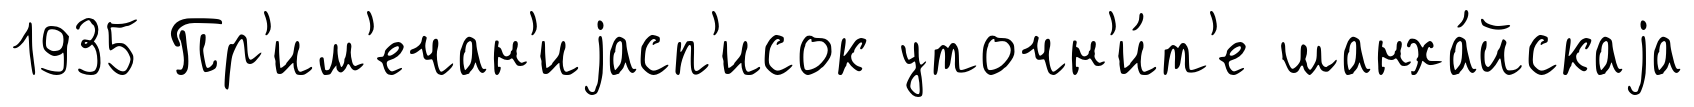
1935 Пр'им'ечан'иjасп'исок уточн'и́т'е шанха́йскаjа